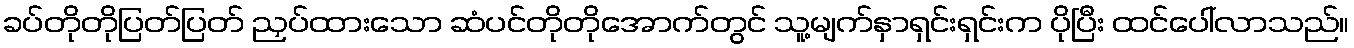
ခပ်တိုတိုပြတ်ပြတ် ညှပ်ထားသော ဆံပင်တိုတိုအောက်တွင် သူ့မျက်နှာရှင်းရှင်းက ပိုပြီး ထင်ပေါ်လာသည်။